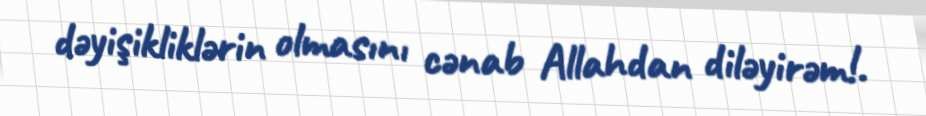
dəyişikliklərin olmasını cənab Allahdan diləyirəm!.